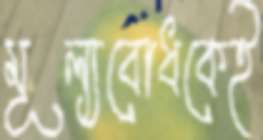
মূল্যবোধকেই